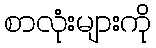
စာလုံးများကို